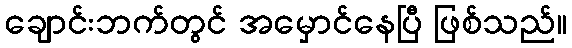
ချောင်းဘက်တွင် အမှောင်နေပြီ ဖြစ်သည်။